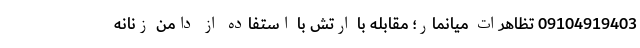
09104919403 تظاهرات میانمار؛ مقابله با ارتش با استفاده از دامن زنانه